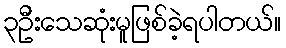
၃ဦးသေဆုံးမူဖြစ်ခဲ့ရပါတယ်။